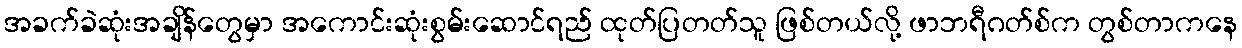
အခက်ခဲဆုံးအချိန်တွေမှာ အကောင်းဆုံးစွမ်းဆောင်ရည် ထုတ်ပြတတ်သူ ဖြစ်တယ်လို့ ဖာဘရီဂတ်စ်က တွစ်တာကနေ